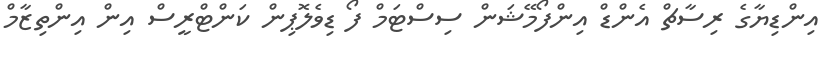
އިންޑިޔާގެ ރިސާޗް އެންޑް އިންފޯމޭޝަން ސިސްޓަމް ފޯ ޑިވެލޮޕިން ކަންޓްރީސް އިން އިންތިޒާމް